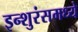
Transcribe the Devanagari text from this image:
इन्शुरंसमध्ये